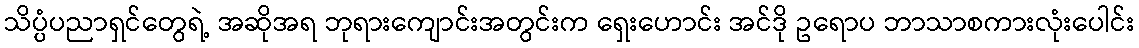
သိပ္ပံပညာရှင်တွေရဲ့ အဆိုအရ ဘုရားကျောင်းအတွင်းက ရှေးဟောင်း အင်ဒို ဥရောပ ဘာသာစကားလုံးပေါင်း